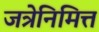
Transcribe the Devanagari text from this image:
जत्रेनिमित्त